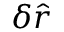
\delta \hat { r }